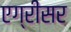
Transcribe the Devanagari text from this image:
एग्रीसर